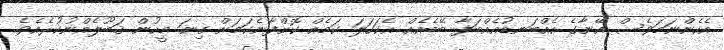
އެހެންނަމަވެސް އޭނާގެ އެއްބަނޑުއެއްބަފާ ބޭބެއެއް އެކަހަލަ ކަމެއް ކޮށްފާނެކަމަށް ގިނަ މީހުން ޤަބޫލެއްނުކުރެއެވެ.